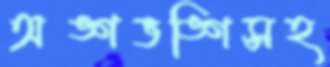
অঙ্গভঙ্গিসহ